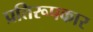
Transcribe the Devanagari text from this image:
प्रतिरूपकार